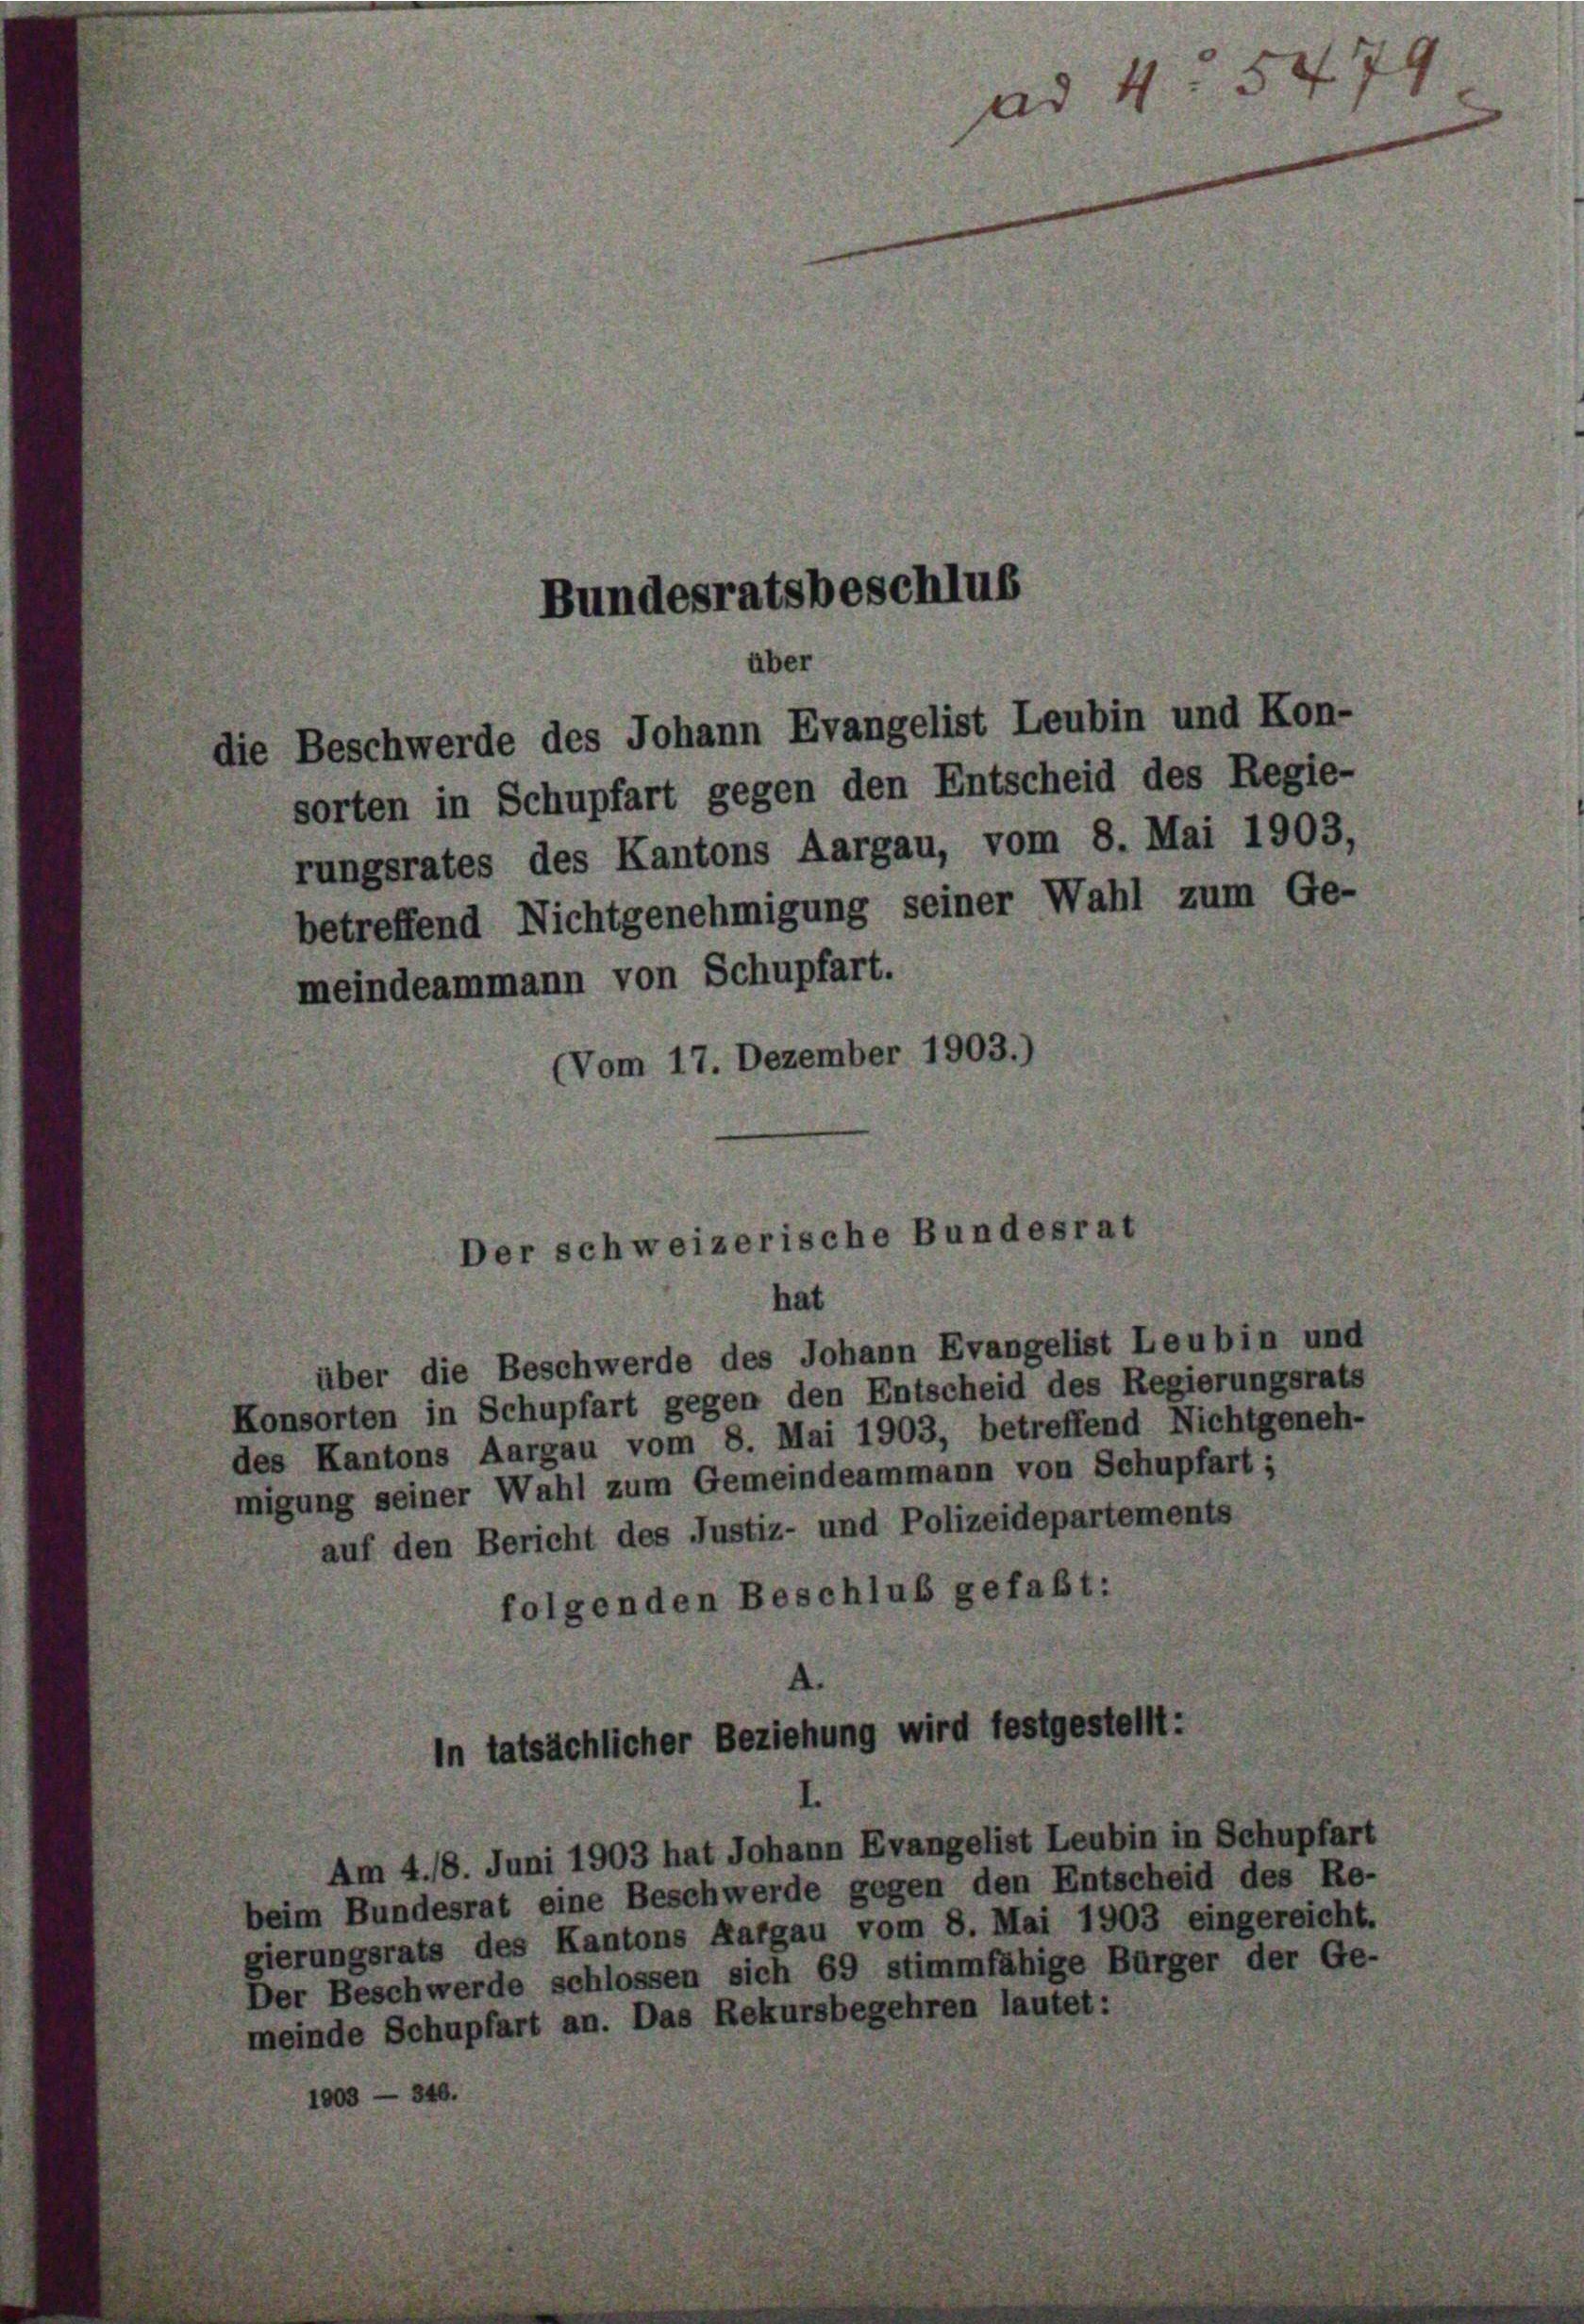
sorten in Schupfart gegen den Entscheid des Regie-
rungsrates des Kantons Aargau, vom 8. Mai 1903,
betreffend Nichtgenehmigung seiner Wahl zum Ge-
mmann von Schupfart.
(Vom 17. Dezember 1903.)

Bundesratsbeschlus
über
die Beschwerde des Johann Evangelist Leubin und Kon-

Der schweizerische Bundesrat

hat
über die Beschwerde des Johann Evangelist Leubin und
Konsorten in Schupfart gegen den Entscheid des Regierungsrats
es Kantons Aargau vom 8. Mai 1903, betreffend Nichtgeneh-
nigung seiner Wahl zum Gemeindeammann von Schupfart;
auf den Bericht des Justiz- und Polizeidepartement
folgenden Beschluß gefaßt:

In tatsächlicher Beziehung wird festgestellt.

ad 4. 5479

m 4. 18. Juni 1903 hat Johann Evangelist Leubin in Schupf
im Bundesrat eine Beschwerde gegen den Entsc
erungsrats des Kantons Aargau vom 8. Mai 190:
chwerde schlossen sich 69 stimmfähige Bu
de Schupfart an. Das Rekursbegehren lautet:

heid des

0